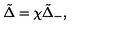
\tilde { \Delta } = \chi { \tilde { \Delta } } _ { - } ,